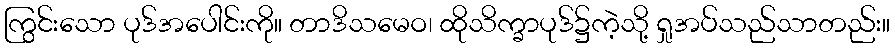
ကြွင်းသော ပုဒ်အပေါင်းကို။ တာဒိသမေဝ၊ ထိုသိက္ခာပုဒ်၌ကဲ့သို့ ရှုအပ်သည်သာတည်း။